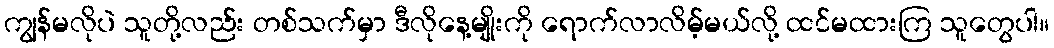
ကျွန်မလိုပဲ သူတို့လည်း တစ်သက်မှာ ဒီလိုနေ့မျိုးကို ရောက်လာလိမ့်မယ်လို့ ထင်မထားကြ သူတွေပါ။